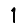
Digit: 1